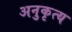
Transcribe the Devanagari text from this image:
अनुकृत्य